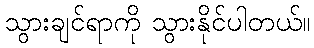
သွားချင်ရာကို သွားနိုင်ပါတယ်။